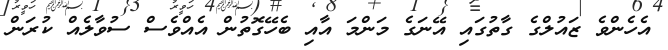
އެހެންވެ ޒައުލްގެ ގާތުގައި އޭނަގެ މަންމަ އާއި ބެހޭގޮތުން އެއްވެސް ސުވާލެއް ކުރަން